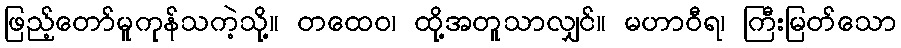
ဖြည့်တော်မူကုန်သကဲ့သို့။ တထေဝ၊ ထို့အတူသာလျှင်။ မဟာဝီရ၊ ကြီးမြတ်သော